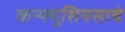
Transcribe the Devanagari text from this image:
कन्फ्यूशियसाचे